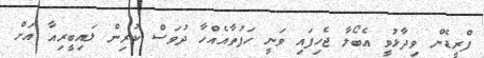
ފްރީޑެން ވިދާޅުވީ އެބޯލާ ޖެހިފައި ވަނީ ހަފުތާއެއްހާ ދުވަސް ކުރިން ލައިބީރިއާ އަށް